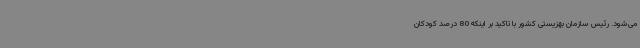
می‌شود. رئیس سازمان بهزیستی کشور با تاکید بر اینکه 80 درصد کودکان